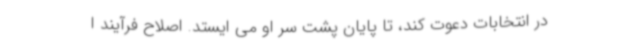
در انتخابات دعوت کند، تا پایان پشت سر او می ایستد. اصلاح فرآیند ا